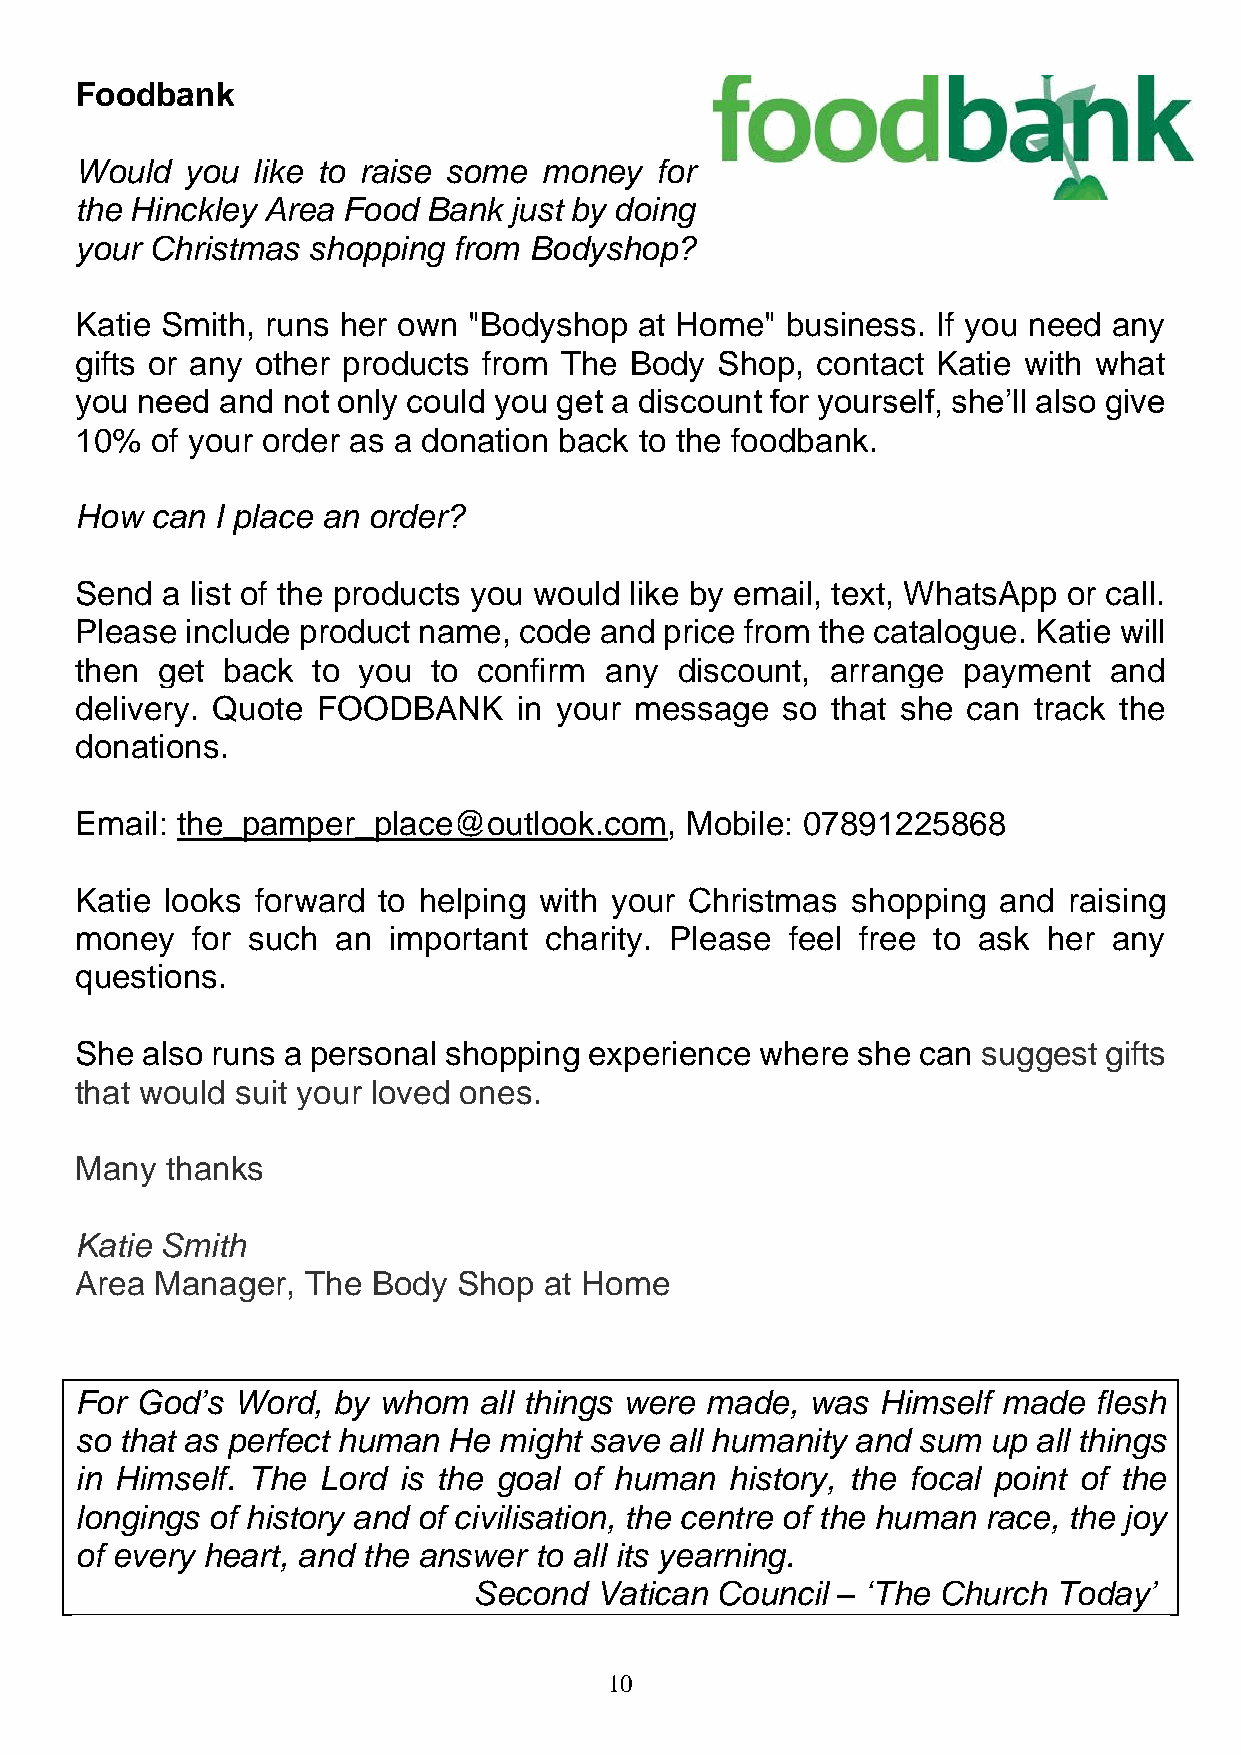
Foodbank
 Would  you  like to raise some money  for
 the Hinckley Area Food Bank  just by doing
 your Christmas shopping  from Bodyshop?
 Katie Smith, runs her own "Bodyshop  at Home"  business. If you need any
 gifts or any other products from The Body Shop,  contact Katie with what
 you need and  not only could you get a discount for yourself, she’ll also give
 10%  of your order as a donation back to the foodbank.
 How  can I place an order?
 Send  a list of the products you would like by email, text, WhatsApp or call.
 Please include product name, code  and price from the catalogue. Katie will
 then get  back  to you  to confirm any  discount, arrange  payment  and
 delivery. Quote FOODBANK     in your message   so that she can track the
 donations.
 Email: the_pamper_place@outlook.com,    Mobile: 07891225868
 Katie looks forward to helping with your Christmas shopping  and  raising
 money   for such an  important charity. Please feel free to ask her  any
 questions.
 She also runs a personal shopping experience where  she can suggest gifts
 that would suit your loved ones.
 Many  thanks
 Katie Smith
 Area Manager,  The  Body Shop  at Home
 For God’s Word,  by whom   all things were made, was Himself made  flesh
 so that as perfect human He might save all humanity and sum up all things
 in Himself. The Lord is the goal of human  history, the focal point of the
 longings of history and of civilisation, the centre of the human race, the joy
 of every heart, and the answer to all its yearning.
 Second  Vatican Council – ‘The Church  Today’
 10